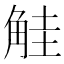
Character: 觟